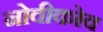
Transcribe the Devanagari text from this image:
नोवीकोव